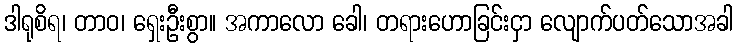
ဒါရုစိရ၊ တာဝ၊ ရှေးဦးစွာ။ အကာလော ခေါ၊ တရားဟောခြင်းငှာ လျောက်ပတ်သောအခါ